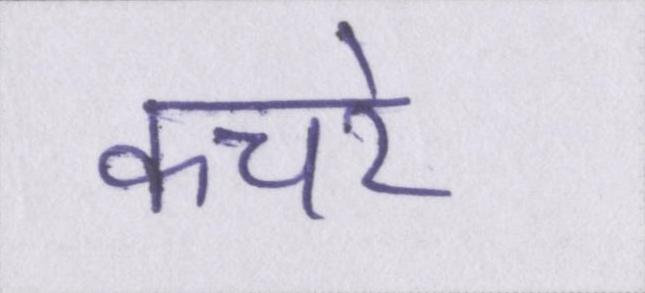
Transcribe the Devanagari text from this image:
कचरे